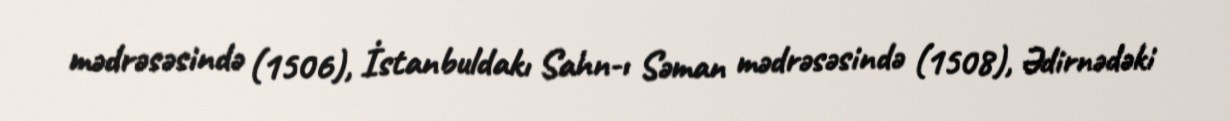
mədrəsəsində (1506), İstanbuldakı Sahn-ı Səman mədrəsəsində (1508), Ədirnədəki